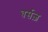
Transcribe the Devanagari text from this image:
वर्सज़